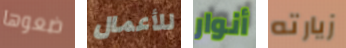
ضعوها للأعمال أنوار زيارته